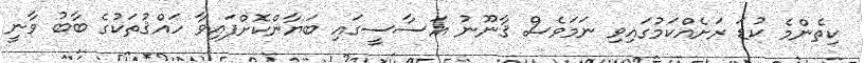
ކިތެންމެ ކުޑަ ރަށެއްކަމުގައިވި ނަމަވެސް ޤާނޫނު އަސާސީގައި ބަޔާންކޮށްފައިވާ ހައްޤުތަކުގެ ބާބު ވާނީ